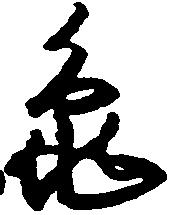
亀